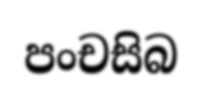
පංචසිබ